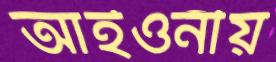
আইওনীয়